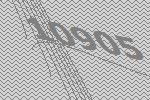
10905